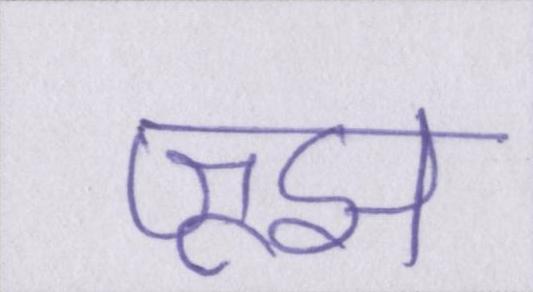
जूझ